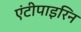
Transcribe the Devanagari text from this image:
एंटीपाइरिन